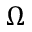
\Omega